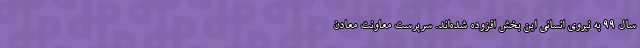
سال ۹۹ به نیروی انسانی این بخش افزوده ‌شده‌اند. سرپرست معاونت معادن